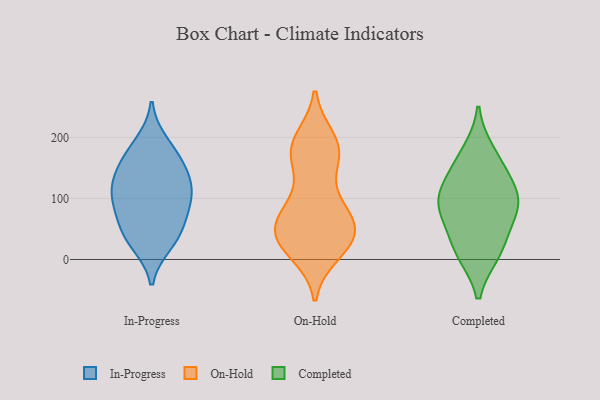
{"axis": {"x": "Website Visitors", "y": "Value"}, "legend": ["Completed", "In-Progress", "On-Hold"], "data": [{"x": "", "y": 108, "type": "In-Progress"}, {"x": "", "y": 146, "type": "In-Progress"}, {"x": "", "y": 172, "type": "In-Progress"}, {"x": "", "y": 191, "type": "In-Progress"}, {"x": "", "y": 26, "type": "In-Progress"}, {"x": "", "y": 35, "type": "In-Progress"}, {"x": "", "y": 154, "type": "In-Progress"}, {"x": "", "y": 107, "type": "In-Progress"}, {"x": "", "y": 67, "type": "In-Progress"}, {"x": "", "y": 44, "type": "In-Progress"}, {"x": "", "y": 105, "type": "In-Progress"}, {"x": "", "y": 127, "type": "In-Progress"}, {"x": "", "y": 81, "type": "In-Progress"}, {"x": "", "y": 190, "type": "On-Hold"}, {"x": "", "y": 77, "type": "On-Hold"}, {"x": "", "y": 48, "type": "On-Hold"}, {"x": "", "y": 88, "type": "On-Hold"}, {"x": "", "y": 42, "type": "On-Hold"}, {"x": "", "y": 12, "type": "On-Hold"}, {"x": "", "y": 169, "type": "On-Hold"}, {"x": "", "y": 22, "type": "On-Hold"}, {"x": "", "y": 68, "type": "On-Hold"}, {"x": "", "y": 169, "type": "On-Hold"}, {"x": "", "y": 196, "type": "On-Hold"}, {"x": "", "y": 40, "type": "On-Hold"}, {"x": "", "y": 52, "type": "On-Hold"}, {"x": "", "y": 169, "type": "On-Hold"}, {"x": "", "y": 183, "type": "On-Hold"}, {"x": "", "y": 94, "type": "On-Hold"}, {"x": "", "y": 26, "type": "On-Hold"}, {"x": "", "y": 33, "type": "On-Hold"}, {"x": "", "y": 10, "type": "Completed"}, {"x": "", "y": 79, "type": "Completed"}, {"x": "", "y": 42, "type": "Completed"}, {"x": "", "y": 98, "type": "Completed"}, {"x": "", "y": 176, "type": "Completed"}, {"x": "", "y": 96, "type": "Completed"}, {"x": "", "y": 89, "type": "Completed"}, {"x": "", "y": 151, "type": "Completed"}, {"x": "", "y": 11, "type": "Completed"}, {"x": "", "y": 127, "type": "Completed"}]}